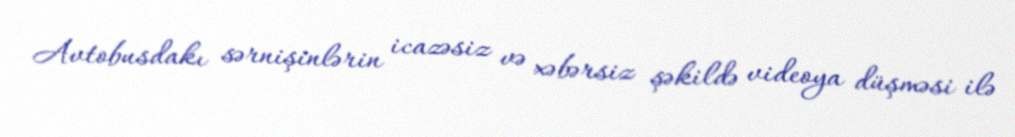
Avtobusdakı sərnişinlərin icazəsiz və xəbərsiz şəkildə videoya düşməsi ilə